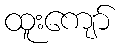
ထူးကျော်